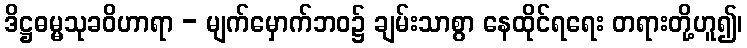
ဒိဋ္ဌဓမ္မသုခဝိဟာရာ - မျက်မှောက်ဘဝ၌ ချမ်းသာစွာ နေထိုင်ရရေး တရားတို့ဟူ၍၊